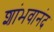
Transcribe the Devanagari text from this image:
शांभवानंद